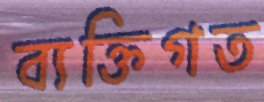
ব্যক্তিগত